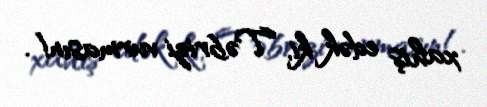
xahiş edək ki, Təbrizi vurmasın!.